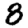
Digit: 8